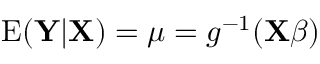
\operatorname { E } ( \mathbf { Y } | \mathbf { X } ) = { \boldsymbol { \mu } } = g ^ { - 1 } ( \mathbf { X } { \boldsymbol { \beta } } )